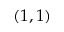
( 1 , 1 )